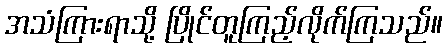
အသံကြားရာသို့ ပြိုင်တူကြည့်လိုက်ကြသည်။